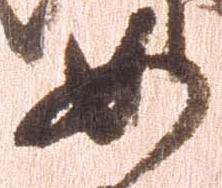
女